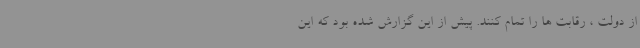
از دولت ، رقابت ها را تمام کنند. پیش از این گزارش شده بود که این